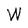
Character: W